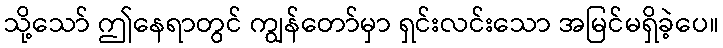
သို့သော် ဤနေရာတွင် ကျွန်တော်မှာ ရှင်းလင်းသော အမြင်မရှိခဲ့ပေ။